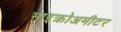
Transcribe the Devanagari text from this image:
माइक्रोअमीटर